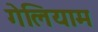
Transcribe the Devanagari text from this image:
गेलियाम